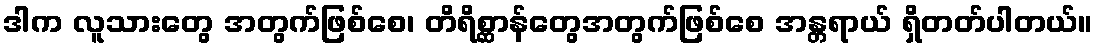
ဒါက လူသားတွေ အတွက်ဖြစ်စေ၊ တိရိစ္ဆာန်တွေအတွက်ဖြစ်စေ အန္တရာယ် ရှိတတ်ပါတယ်။